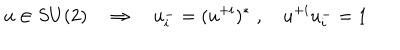
LaTeX: u \in S U ( 2 ) \quad \Rightarrow \quad u _ { i } ^ { - } = ( u ^ { + i } ) ^ { * } \; , \quad u ^ { + i } u _ { i } ^ { - } = 1